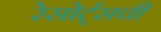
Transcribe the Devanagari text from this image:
रेसोर्ट्सची